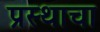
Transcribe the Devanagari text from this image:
प्रस्थाचा